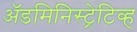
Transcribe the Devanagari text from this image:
अॅडमिनिस्ट्रेटिव्ह